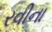
રવીના